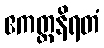
ဧကတ္တနိရတံ